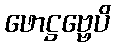
ဖောဋ္ဌဗ္ဗေပိ